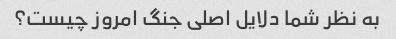
به نظر شما دلایل اصلی جنگ امروز چیست؟